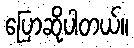
ပြောဆိုပါတယ်။